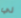
لي